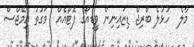
މާލެ  ހުޅުލެ ބްރިޖް ޑިޒައިނިން ވީޑިއޯގެ ފޮޓޯއެއް  ވަގުތު އިމޭޖްސް